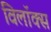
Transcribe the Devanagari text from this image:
विलॉक्स